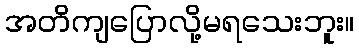
အတိကျပြောလို့မရသေးဘူး။